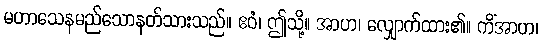
မဟာသေနမည်သောနတ်သားသည်။ ဧဝံ၊ ဤသို့။ အာဟ၊ လျှောက်ထား၏။ ကိံအာဟ၊